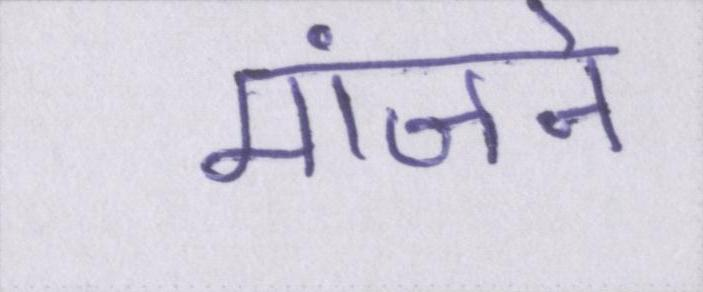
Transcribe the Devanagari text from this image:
मांजने